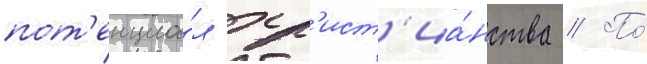
пот'енциа́л хр'ист'иа́нства // По́